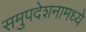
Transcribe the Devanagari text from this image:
समुपदेशनामध्ये